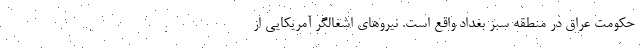
حکومت عراق در منطقه سبز بغداد واقع است. نیروهای اشغالگر آمریکایی از